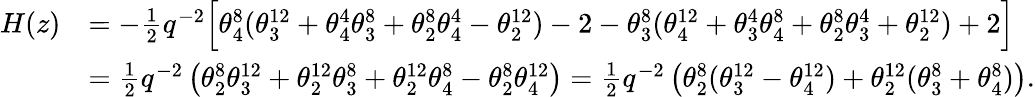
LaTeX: \begin{array}{rl}{H(z)}&{=-\frac 12q^{-2}\Big[\theta_{4}^{8}(\theta_{3}^{12}+\theta_{4}^{4}\theta_{3}^{8}+\theta_{2}^{8}\theta_{4}^{4}-\theta_{2}^{12})-2-\theta_{3}^{8}(\theta_{4}^{12}+\theta_{3}^{4}\theta_{4}^{8}+\theta_{2}^{8}\theta_{3}^{4}+\theta_{2}^{12})+2\Big]}\\ &{=\frac 12q^{-2}\left(\theta_{2}^{8}\theta_{3}^{12}+\theta_{2}^{12}\theta_{3}^{8}+\theta_{2}^{12}\theta_{4}^{8}-\theta_{2}^{8}\theta_{4}^{12}\right)=\frac 12q^{-2}\left(\theta_{2}^{8}(\theta_{3}^{12}-\theta_{4}^{12})+\theta_{2}^{12}(\theta_{3}^{8}+\theta_{4}^{8})\right).}\end{array}